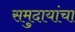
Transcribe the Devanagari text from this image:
समुदायांचा